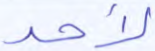
لأحد